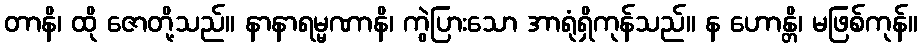
တာနိ၊ ထို ဇောတို့သည်။ နာနာရမ္မဏာနိ၊ ကွဲပြားသော အာရုံရှိကုန်သည်။ န ဟောန္တိ၊ မဖြစ်ကုန်။